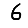
Digit: 6